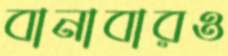
বানাবারও